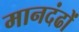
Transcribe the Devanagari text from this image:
मानदंढों